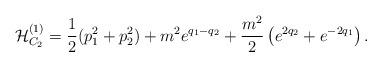
LaTeX: \begin{align*}{\cal H}_{C_2}^{(1)}={1\over2}(p_1^2+p_2^2)+m^2e^{q_1-q_2} +{m^2\over2}\left(e^{2q_2}+e^{-2q_1}\right). \end{align*}